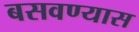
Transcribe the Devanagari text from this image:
बसवण्‍यास